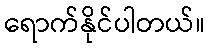
ရောက်နိုင်ပါတယ်။